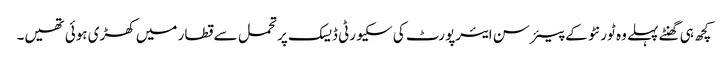
کچھ ہی گھنٹے پہلے وہ ٹورنٹو کے پیئرسن ایئرپورٹ کی سکیورٹی ڈیسک پر تحمل سے قطار میں کھڑی ہوئی تھیں۔